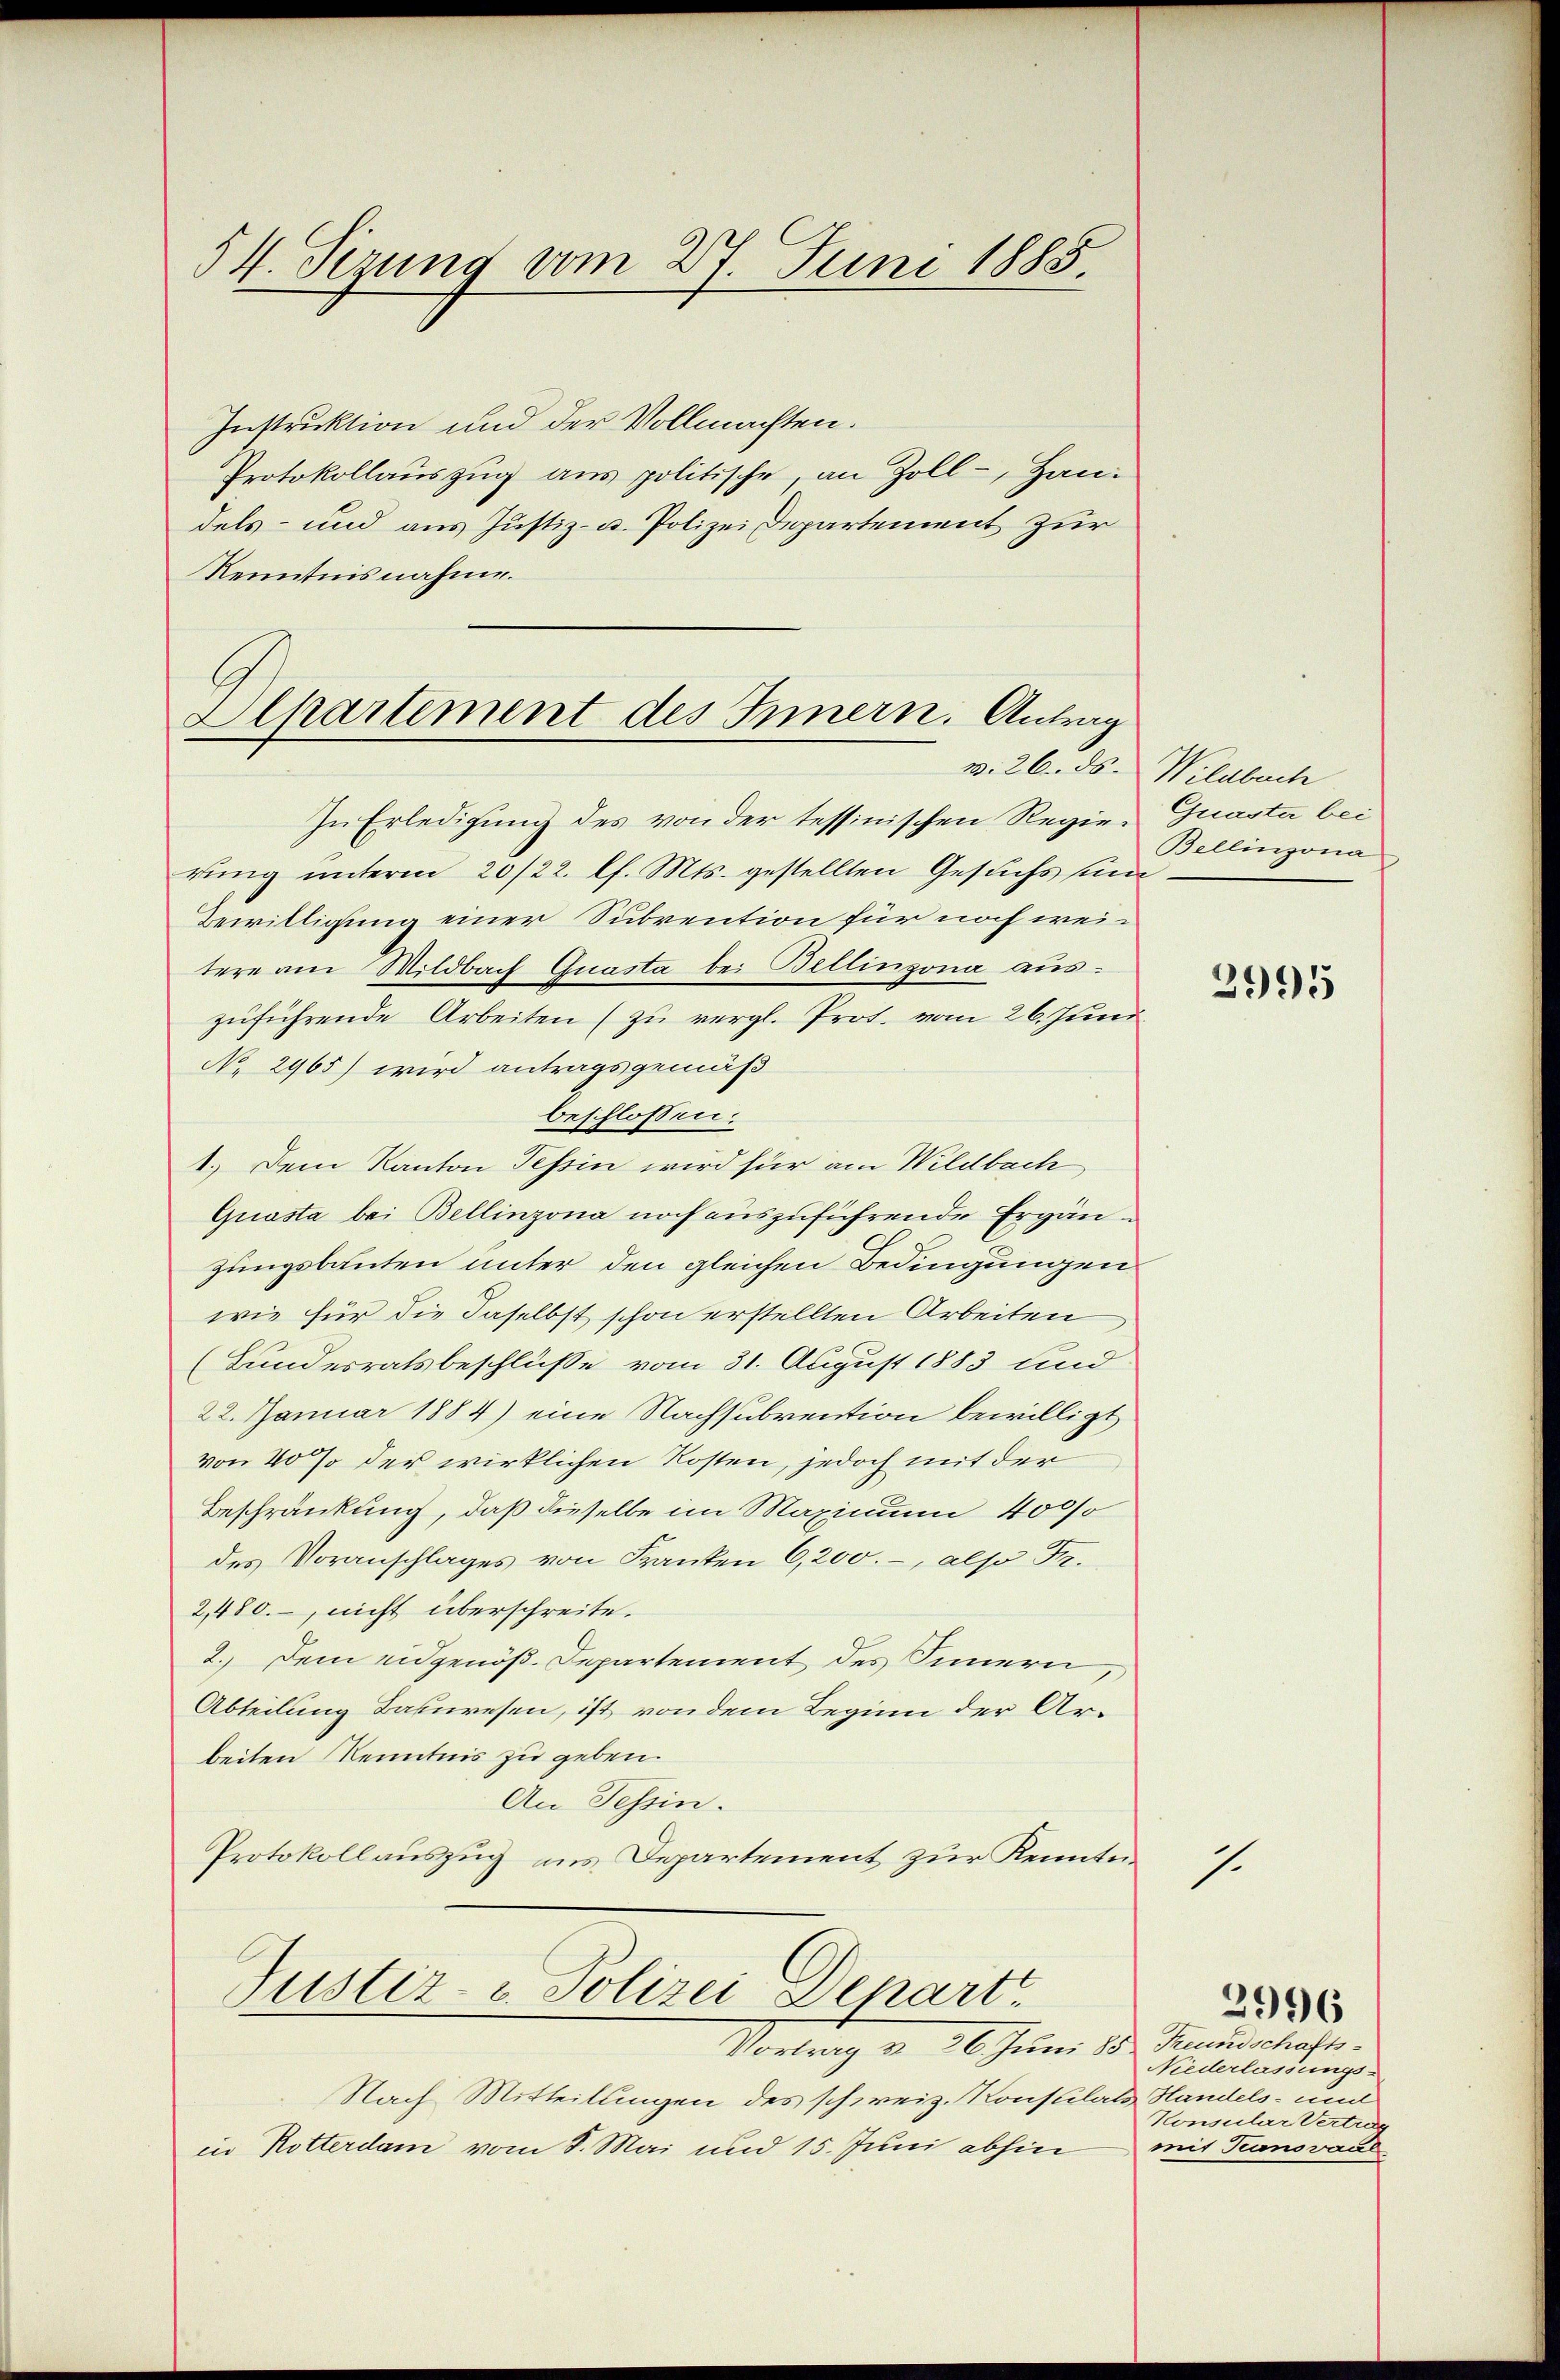
54. Sezung vom 27. Juni 1885.

Instruktion und der Vollmachten.
Protokollauszug aus politische, an Zoll- Handels- und aus Justiz- u. Polizei Departement zur
Kenntnisnahme.
Alkartement des Innern. Antrag

In Erledigung des von der tessinischen Regie-Quasta bei
rung unterm 20/22. l. Mts. gestellten Gesuchs sind
Bewilligung einer Subrention für noch weitere am Wildbach Quasta bei Bellinzona auszuführende Arbeiten (zu vergl. Prot. vom 26. Juni
No 2965) wird antragsgemäß
beschlossen:
1.) Dem Kanton Tessin wird für am Wildbach
Quasta bei Bellinzona noch auszuführende Ergänzungsbauten unter den gleichen Bedingungen
wie für die daselbst schon erstellten Arbeiten
(Bundesratsbeschlüße vom 31. August 1883 und
22. Januar 1884) eine Nachsubvention bewilligt
von 20 % der wirklichen Kosten, jedoch mit der
Beschränkung, daß dieselbe im Maximum 4000
des Voranschlages von Franken 6,200.-, also Fr.
2,480. nicht überschreite.
2. Dem eidgenöß. Departement des Innern,
Abteilung Bauwesen, ist von dem Beginn der Arbeiten Kenntnis zu geben.
An Tessin.
Protokollauszug aus Departement zur Kenntni
Justiz- u. Polizei Departe
Vortrag v. 26. Juni 185. Freundschafts¬
Nach Mitteilungen des schweiz. Konsulats Handels- und
in Rotterdam vom 8. Mai und 15. Juni abhin

w. 26. ds. Wildbach
Bellinzona

3995

.

2996

Niederlassungs-
Konsular Vertrag
mit Tranovaul